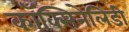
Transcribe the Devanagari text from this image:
कॉक्सिनेलिडी